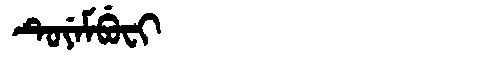
Manchu: ᡨᡠᠶᡝᠮᠪᡠᠸᡳ
Romanization: TUYEMBUFI